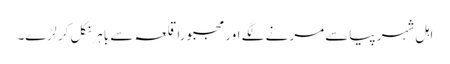
اہل شہر پیاسے مرنے لگے اور مجبوراً قلعہ سے باہر نکل کر لڑے۔